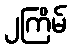
၂ကြိမ်